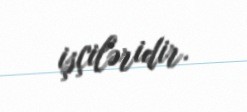
işçiləridir.